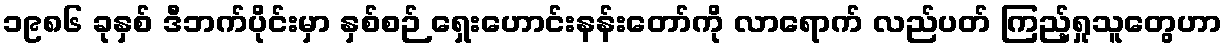
၁၉၈၆ ခုနှစ် ဒီဘက်ပိုင်းမှာ နှစ်စဉ် ရှေးဟောင်းနန်းတော်ကို လာရောက် လည်ပတ် ကြည့်ရှုသူတွေဟာ